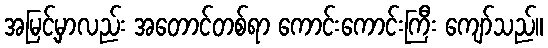
အမြင့်မှာလည်း အတောင်တစ်ရာ ကောင်းကောင်းကြီး ကျော်သည်။